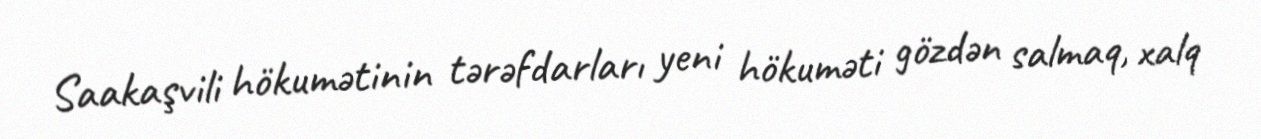
Saakaşvili hökumətinin tərəfdarları yeni hökuməti gözdən salmaq, xalq